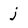
Character: j